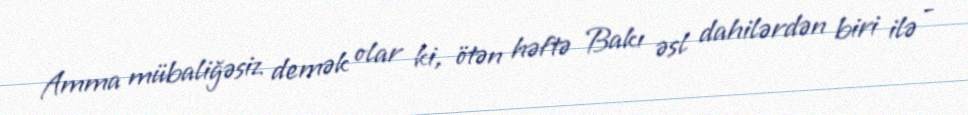
Amma mübaliğəsiz demək olar ki, ötən həftə Bakı əsl dahilərdən biri ilə -